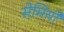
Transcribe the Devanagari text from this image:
सेमियों